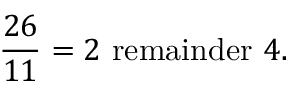
{ \frac { 2 6 } { 1 1 } } = 2 { \mathrm { ~ r e m a i n d e r ~ } } 4 .